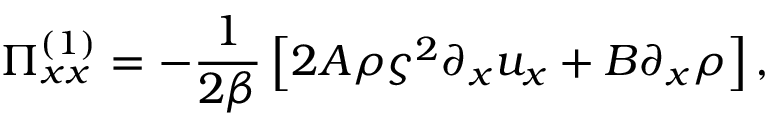
\Pi _ { x x } ^ { ( 1 ) } = - \frac { 1 } { 2 \beta } \left[ 2 A \rho \varsigma ^ { 2 } \partial _ { x } u _ { x } + B \partial _ { x } \rho \right] ,